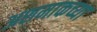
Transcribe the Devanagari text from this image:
अशमाकच्या